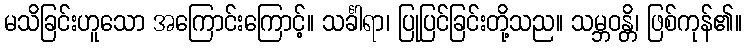
မသိခြင်းဟူသော အကြောင်းကြောင့်။ သင်္ခါရာ၊ ပြုပြင်ခြင်းတို့သည။ သမ္ဘဝန္တိ၊ ဖြစ်ကုန်၏။